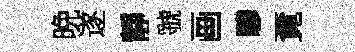
晩遂靜虢画驂覔